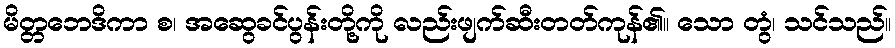
မိတ္တဘေဒိကာ စ၊ အဆွေခင်ပွန်းတို့ကို လည်းဖျက်ဆီးတတ်ကုန်၏။ သော တွံ၊ သင်သည်။